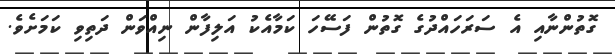
ގޮތުންނާއި އެ ސަރަހައްދުގެ ގޮތުން ފަސޭހަ ކަމާއެކު އަލިފާން ނިއްވަން ދަތިވި ކަމަށެވެ.